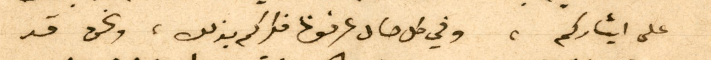
على ايثاركم، وفي كل حال عرفونا فكركم بذلك، ونحن قد